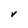
Character: V